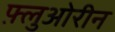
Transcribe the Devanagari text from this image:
फ़्लुओरीन